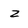
Character: z